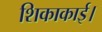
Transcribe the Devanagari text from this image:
शिकाकाई।